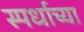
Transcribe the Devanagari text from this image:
स्पर्धाच्या